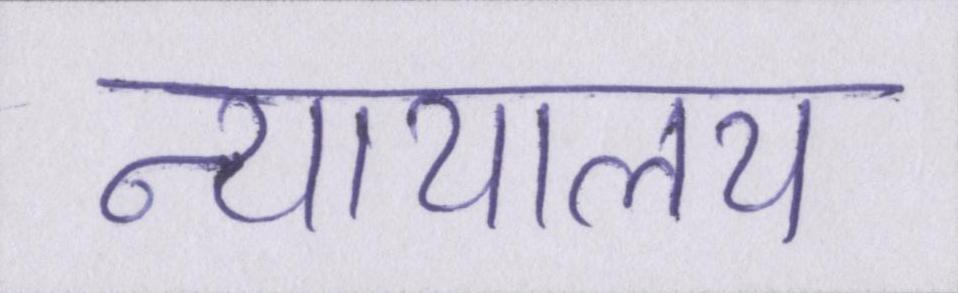
न्यायालय